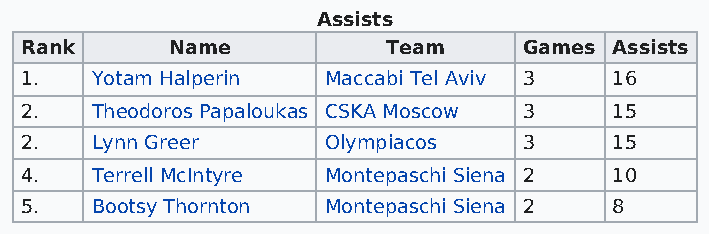
Assists
 Rank      Name           Team     Games Assists
 1.   Yotam Halperin Maccabi Tel Aviv 3  16
 2.   Theodoros Papaloukas CSKA Moscow 3 15
 2.   Lynn Greer     Olympiacos    3     15
 4.   Terrell McIntyre Montepaschi Siena 2 10
 5.   Bootsy Thornton Montepaschi Siena 2 8